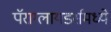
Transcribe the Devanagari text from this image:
पॅराग्लायडर्समध्ये